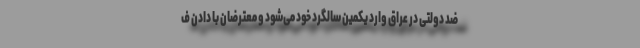
ضد دولتی در عراق وارد یکمین سالگرد خود می‌شود و معترضان با دادن ف